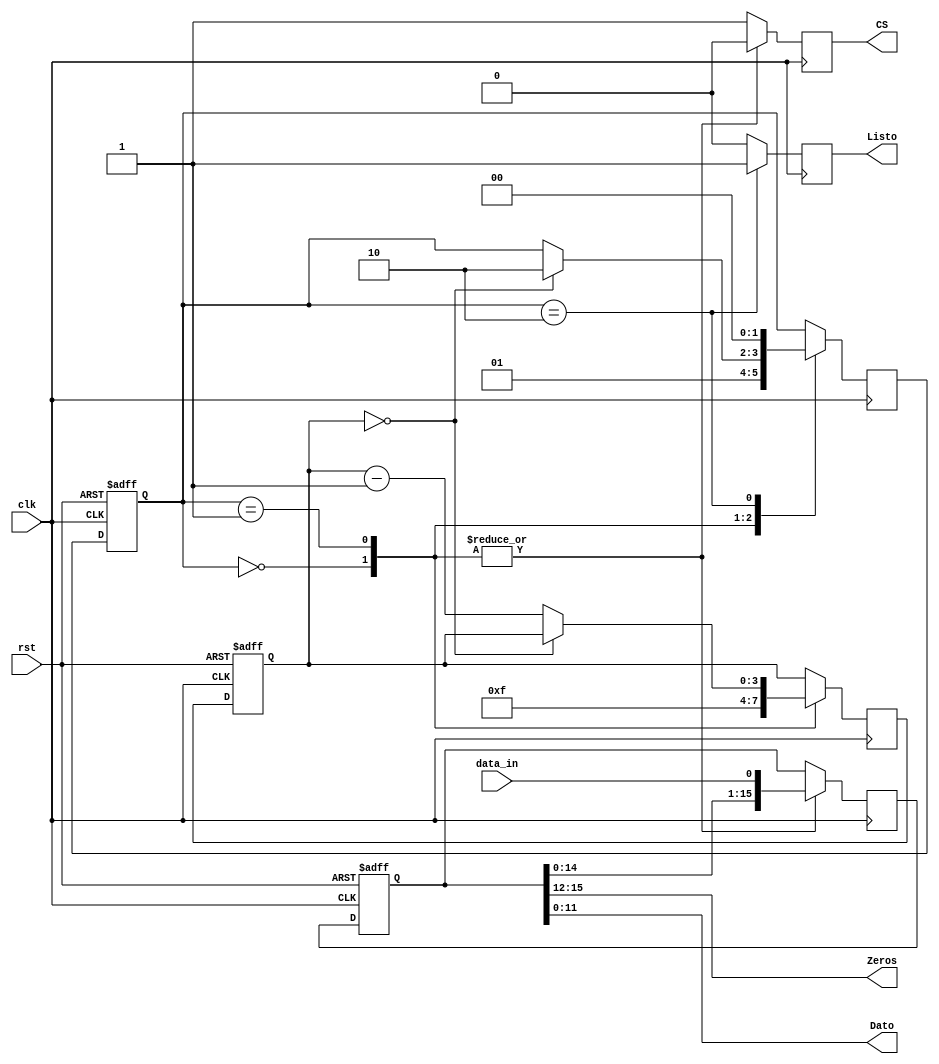
`timescale 1ns / 1ps
//////////////////////////////////////////////////////////////////////////////////
// Company: 
// Engineer: 
// 
// Design Name: 
// Module Name:    CapturaMensaje 
// Project Name: 
// Target Devices: 
// Tool versions: 
// Description: 
//
// Dependencies: 
//
// Revision: 
// Revision 0.01 - File Created
// Additional Comments: 
//
//////////////////////////////////////////////////////////////////////////////////
module CapturaMensaje(
	 input wire clk,
	 input wire rst,
	 input wire data_in,
	 output reg Listo,
	 output reg CS,
	 output wire [15:12] Zeros,
    output wire [11:0] Dato
    );

reg [1:0] act_state, next_state; //Variables de estados del controlador
reg [3:0] cont_act, cont_next; //Registra la cantidad de datos que envia el teclado e india cuantos faltan por tomar
reg [15:0] bus_act, bus_next; 

//BODY


always @ (posedge clk, posedge rst) 
	if(rst) //Reinicia los valores del sistema de la mquina de estados
		begin
			act_state <= 2'b00;
			cont_act <= 4'b0;
			bus_act <= 16'b0;
			
	
		end
	else //Actualiza los valores de la maquina de estados con los actuales declarados en el ciclo anterior
		begin
			act_state <= next_state;
			cont_act <= cont_next;
			bus_act <= bus_next;
		end

//Logica de estado siguiente 
			
always @ (negedge clk )
begin
	//Asigna los valores por defecto para las variables de estado del sistema
	next_state = act_state; 
	Listo = 1'b0;
	cont_next = cont_act;
	bus_next = bus_act;
	CS=1'b1;
	case (act_state) //Analiza el estado actual
		2'b00: //Estado cero
					begin
					CS=1'b0;
					bus_next = {bus_act[14:0],data_in};
					cont_next = 4'b1111; 
					next_state = 2'b01; 
					end
		2'b01: 
					begin
					CS=1'b0;
					bus_next = {bus_act[14:0],data_in}; 
					if (cont_act==0) 
						next_state = 2'b10;
					else 
						cont_next = cont_act - 1'b1; 
					end
		2'b10: //Estado que indica que el dato esta listo
			begin
				next_state = 2'b00; //Pasa al estado cero
				CS=1'b1;
				Listo = 1'b1; //Se activa la bandera de que el dato esta listo
			end
		endcase
end

//Salida
assign Dato = bus_act [11:0]; 
assign Zeros = bus_act [15:12]; 	
endmodule